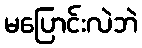
မပြောင်းလဲဘဲ